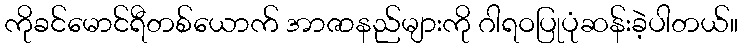
ကိုခင်မောင်ရီတစ်ယောက် အာဇာနည်များကို ဂါရဝပြုပုံဆန်းခဲ့ပါတယ်။